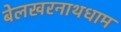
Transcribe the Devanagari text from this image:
बेलखरनाथधाम